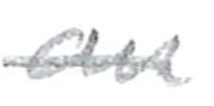
Text: an
Cross-out: single-line
Writing tool: pencil